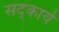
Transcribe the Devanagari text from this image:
सद्कार्य